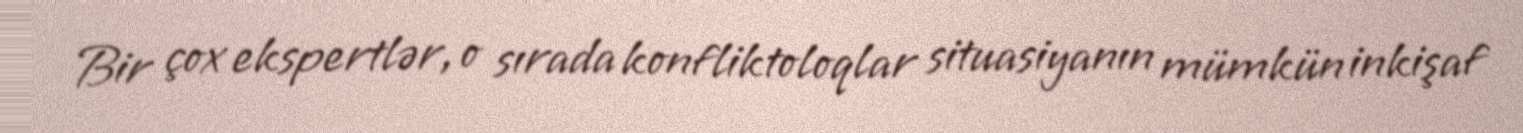
Bir çox ekspertlər, o sırada konfliktoloqlar situasiyanın mümkün inkişaf